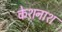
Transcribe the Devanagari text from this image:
केशनाश